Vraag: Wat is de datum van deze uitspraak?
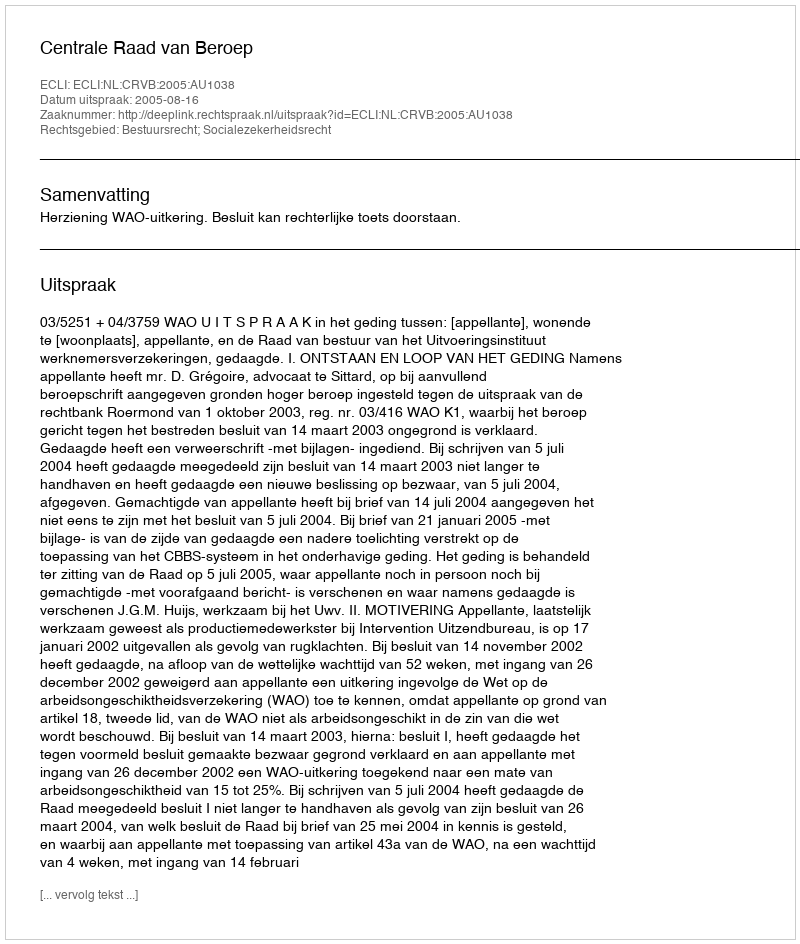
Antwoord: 2005-08-16